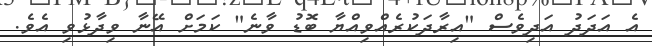
އެ އަދަދު އަދިވެސް "އިރާދަކުރެއްވިއްޔާ ބޮޑު ވާނެ" ކަމަށް އޭނާ ވިދާޅުވި އެވެ.